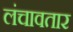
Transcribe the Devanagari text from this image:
लंचावतार